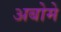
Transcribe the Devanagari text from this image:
अबोमे